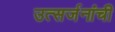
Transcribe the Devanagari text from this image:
उत्सर्जनांची